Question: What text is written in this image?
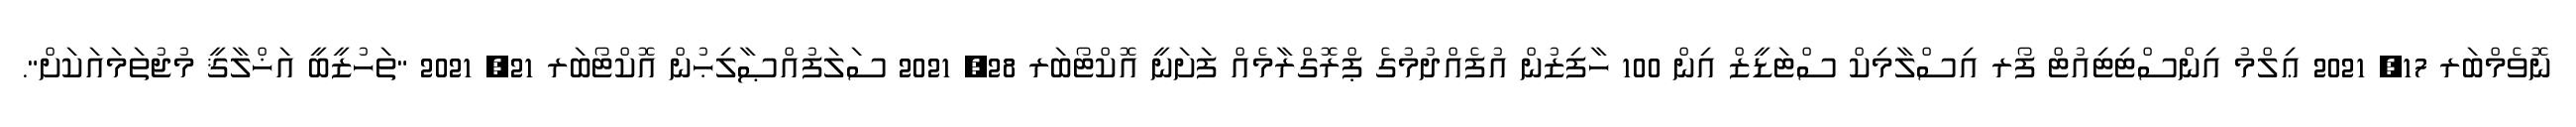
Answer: ނޮވެމްބަރ 17, 2021 ޢިލްމު އިންސްޓިޓިއުޓް ފޯރ އިސްލާމިކް ސްޓަޑީޒް އިން 100 ހާފިޒުން އުފެއްދުމުގެ ޕްރޮގްރާމެއް ފަށަނީ އޮކްޓޯބަރ 28, 2021 ސަލަފުއްޞާލިޙުން އޮކްޓޯބަރ 21, 2021 "ތަހުޒީބީ އަޚްލާޤީ މުޖުތަމައަކަށް".